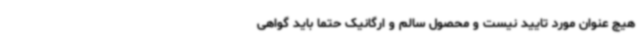
هیچ عنوان مورد تایید نیست و محصول سالم و ارگانیک حتما باید گواهی